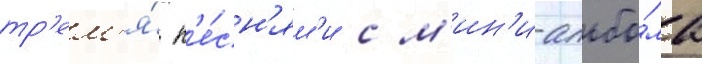
тр'ем'я́ п'е́сн'ям'и с м'ин'и-альбо́ма